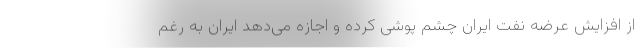
از افزایش عرضه نفت ایران چشم پوشی کرده و اجازه می‌دهد ایران به رغم